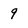
Character: 9